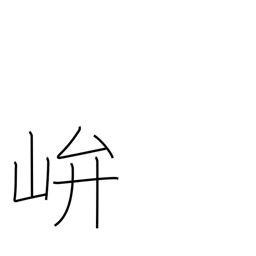
Meaning: shrine in the mountains